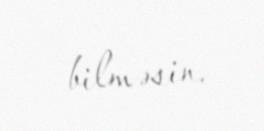
bilməsin.